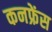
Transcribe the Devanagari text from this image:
कनफ्रेंस